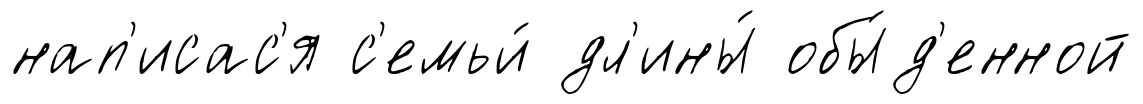
нап'исас'я с'емьи́ дл'ины́ обы́д'енной